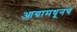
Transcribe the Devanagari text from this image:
आग्रामधूनच